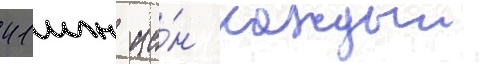
41 млн ие́н каждыи